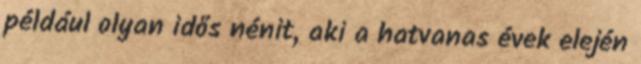
például olyan idős nénit, aki a hatvanas évek elején